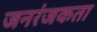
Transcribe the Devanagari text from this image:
जनरंजकता